Indian journal of veterinary science and animal husbandry - Volumes 18-21, 1948-1951
Year: 1948
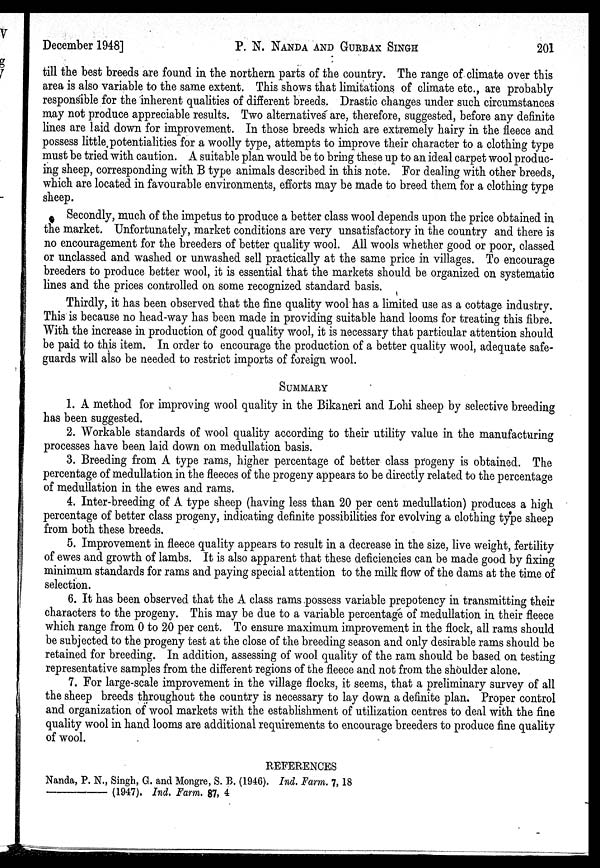
December 1948]
P. N. NANDA AND GURBAX SINGH
201
till the best breeds are found in the northern parts of the country. The range of climate over this
area is also variable to the same extent. This shows that limitations of climate etc., are probably
responsible for the inherent qualities of different breeds. Drastic changes under such circumstances
may not produce appreciable results. Two alternatives are, therefore, suggested, before any definite
lines are laid down for improvement. In those breeds which are extremely hairy in the fleece and
possess little potentialities for a woolly type, attempts to improve their character to a clothing type
must be tried with caution. A suitable plan would be to bring these up to an ideal carpet wool produc-
ing sheep, corresponding with B type animals described in this note. For dealing with other breeds,
which are located in favourable environments, efforts may be made to breed them for a clothing type
sheep.
Secondly, much of the impetus to produce a better class wool depends upon the price obtained in
the market. Unfortunately, market conditions are very unsatisfactory in the country and there is
no encouragement for the breeders of better quality wool. All wools whether good or poor, classed
or unclassed and washed or unwashed sell practically at the same price in villages. To encourage
breeders to produce better wool, it is essential that the markets should be organized on systematic
lines and the prices controlled on some recognized standard basis.
Thirdly, it has been observed that the fine quality wool has a limited use as a cottage industry.
This is because no head-way has been made in providing suitable hand looms for treating this fibre.
With the increase in production of good quality wool, it is necessary that particular attention should
be paid to this item. In order to encourage the production of a better quality wool, adequate safe-
guards will also be needed to restrict imports of foreign wool.
SUMMARY
1. A method for improving wool quality in the Bikaneri and Lohi sheep by selective breeding
has been suggested.
2. Workable standards of wool quality according to their utility value in the manufacturing
processes have been laid down on medullation basis.
3. Breeding from A type rams, higher percentage of better class progeny is obtained. The
percentage of medullation in the fleeces of the progeny appears to be directly related to the percentage
of medullation in the ewes and rams.
4. Inter-breeding of A type sheep (having less than 20 per cent medullation) produces a high
percentage of better class progeny, indicating definite possibilities for evolving a clothing type sheep
from both these breeds.
5. Improvement in fleece quality appears to result in a decrease in the size, live weight, fertility
of ewes and growth of lambs. It is also apparent that these deficiencies can be made good by fixing
minimum standards for rams and paying special attention to the milk flow of the dams at the time of
selection.
6. It has been observed that the A class rams possess variable prepotency in transmitting their
characters to the progeny. This may be due to a variable percentage of medullation in their fleece
which range from 0 to 20 per cent. To ensure maximum improvement in the flock, all rams should
be subjected to the progeny test at the close of the breeding season and only desirable rams should be
retained for breeding. In addition, assessing of wool quality of the ram should be based on testing
representative samples from the different regions of the fleece and not from the shoulder alone.
7. For large-scale improvement in the village flocks, it seems, that a preliminary survey of all
the sheep breeds throughout the country is necessary to lay down a definite plan. Proper control
and organization of wool markets with the establishment of utilization centres to deal with the fine
quality wool in hand looms are additional requirements to encourage breeders to produce fine quality
of wool.
REFERENCES
Nanda, P. N., Singh, G. and Mongre, S. B. (1940). Ind. Farm. 7, 18
————— (1947). Ind. Farm. 87, 4